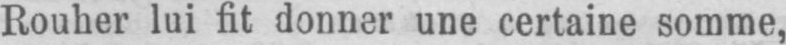
Rouher lui fit donner une certaine somme,